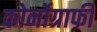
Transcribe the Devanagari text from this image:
कोर्नोग्राफी